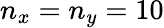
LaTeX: n_{x}=n_{y}=10